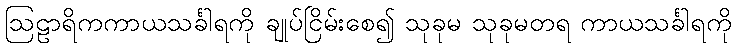
ဩဠာရိကကာယသင်္ခါရကို ချုပ်ငြိမ်းစေ၍ သုခုမ သုခုမတရ ကာယသင်္ခါရကို